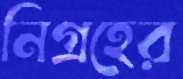
নিগ্রহের